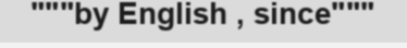
"""by English , since"""